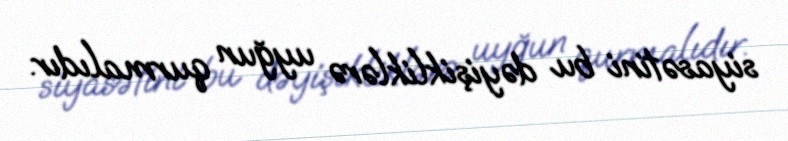
siyasətini bu dəyişikliklərə uyğun qurmalıdır.